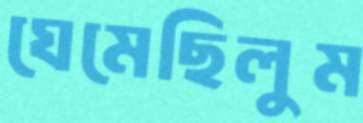
ঘেমেছিলুম